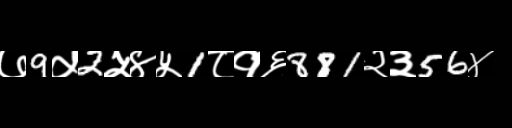
Text: ७9५2५४५1८१६881२३56४